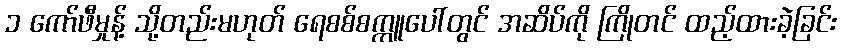
၁ ကော်ဖီမှုန့် သို့တည်းမဟုတ် ရေစစ်စက္ကူပေါ်တွင် အဆိပ်ကို ကြိုတင် ထည့်ထားခဲ့ခြင်း